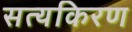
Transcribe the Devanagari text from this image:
सत्यकिरण